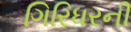
ગિરિધરની